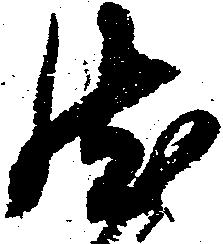
然